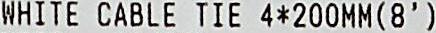
WHITE CABLE TIE 4*200MM(8')